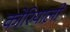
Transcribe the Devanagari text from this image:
कोरियाली